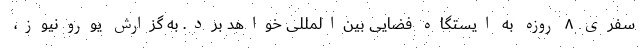
سفری ۸ روزه به ایستگاه فضایی بین‌المللی خواهد برد. به گزارش یورونیوز،